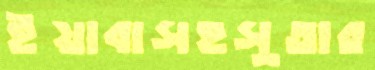
ইয়াবাসহসুতার